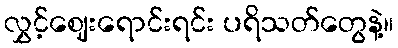
လွှင့်ဈေးရောင်းရင်း ပရိသတ်တွေနဲ့။